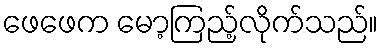
ဖေဖေက မော့ကြည့်လိုက်သည်။